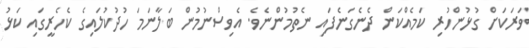
ވަރަކަށް ގުޅުންހުރި ކަމެއްކަން ދެނެގަނެފައި ނެތުމުންނެވެ. އެވިސްނުމުން ބަލާނަމަ ހުދުކުލައިގެ ކެހެރީގައި ކަޅު